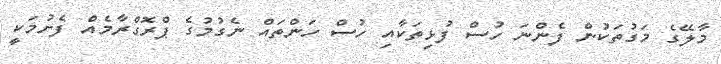
މާލޭގެ މަގުތަކުން ފެންނަ ހުސް ފުޅިތަކާއި ހުސް ހަންތައް ނެގުމުގެ ޕްރޮގްރާމެއް ފެށުމަކީ